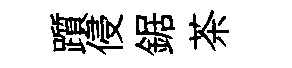
躓侵鋸茶